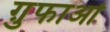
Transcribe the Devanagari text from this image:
ग़ुफाओं